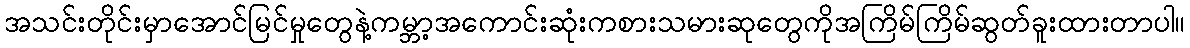
အသင်းတိုင်းမှာအောင်မြင်မှုတွေနဲ့ကမ္ဘာ့အကောင်းဆုံးကစားသမားဆုတွေကိုအကြိမ်ကြိမ်ဆွတ်ခူးထားတာပါ။